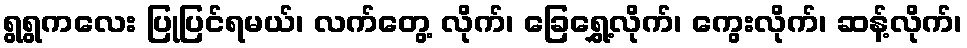
ရွရွကလေး ပြုပြင်ရမယ်၊ လက်တွေ့ လိုက်၊ ခြေရွှေ့လိုက်၊ ကွေးလိုက်၊ ဆန့်လိုက်၊